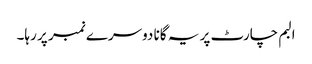
البم چارٹ پر یہ گانا دوسرے نمبر پر رہا۔